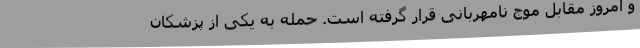
و امروز مقابل موج نامهربانی قرار گرفته است. حمله به یکی از پزشکان